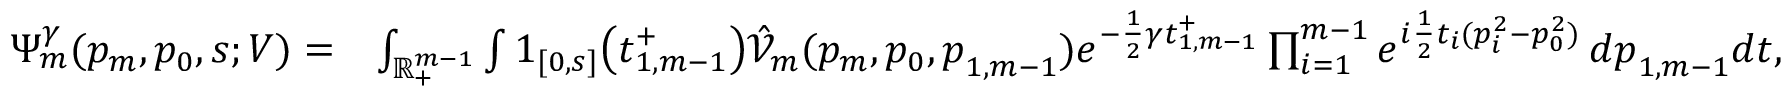
\begin{array} { r l } { \Psi _ { m } ^ { \gamma } ( p _ { m } , p _ { 0 } , s ; V ) = } & { \int _ { \mathbb { R } _ { + } ^ { m - 1 } } \int \boldsymbol { 1 } _ { [ 0 , s ] } \big ( \boldsymbol { t } _ { 1 , m - 1 } ^ { + } \big ) \hat { \mathcal { V } } _ { m } ( p _ { m } , p _ { 0 } , \boldsymbol { p } _ { 1 , m - 1 } ) e ^ { - \frac { 1 } { 2 } \gamma \boldsymbol { t } _ { 1 , m - 1 } ^ { + } } \prod _ { i = 1 } ^ { m - 1 } e ^ { i \frac { 1 } { 2 } t _ { i } ( p _ { i } ^ { 2 } - p _ { 0 } ^ { 2 } ) } \, d \boldsymbol { p } _ { 1 , m - 1 } d \boldsymbol { t } , } \end{array}